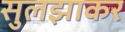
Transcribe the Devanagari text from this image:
सुलझाकर